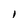
Character: l